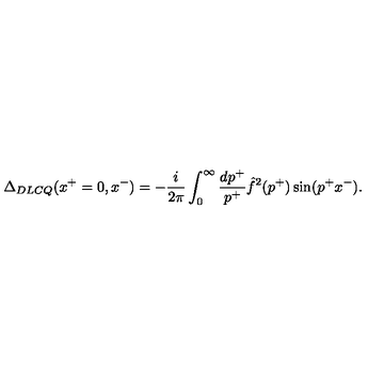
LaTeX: \Delta _ { D L C Q } ( x ^ { + } = 0 , x ^ { - } ) = - { \frac { i } { 2 \pi } } \int _ { 0 } ^ { \infty } { \frac { d p ^ { + } } { p ^ { + } } } \hat { f } ^ { 2 } ( p ^ { + } ) \sin ( p ^ { + } x ^ { - } ) .